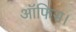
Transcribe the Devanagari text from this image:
आॅफिस।